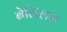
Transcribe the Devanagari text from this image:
बेलिलस